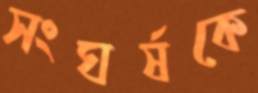
সংঘর্ষকে